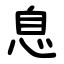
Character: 息